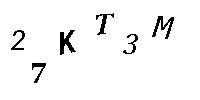
27KT3M